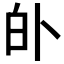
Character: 𱱺